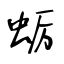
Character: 蛎